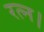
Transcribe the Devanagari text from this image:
रत्न।